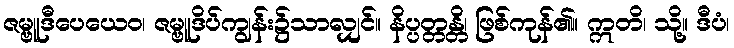
ဇမ္ဗူဒီပေယေဝ၊ ဇမ္ဗူဒိပ်ကျွန်း၌သာလျှင်။ နိပ္ပတ္တန္တိ၊ ဖြစ်ကုန်၏။ ဣတိ၊ သို့။ ဒီပံ၊